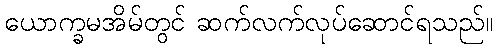
ယောက္ခမအိမ်တွင် ဆက်လက်လုပ်ဆောင်ရသည်။